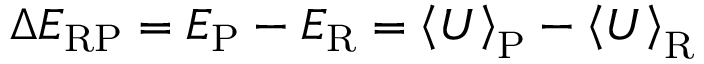
\Delta E _ { \mathrm { R P } } = E _ { \mathrm { P } } - E _ { \mathrm { R } } = \left< U \right> _ { \mathrm { P } } - \left< U \right> _ { \mathrm { R } }